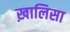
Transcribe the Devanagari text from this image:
ख़ालिसा